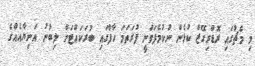
މި މެޗުގައި ރޮޑްރިގޭޒް ކުޅެން ނުކުމެފަވަނީ ފުރަތަމަ ހާފްގައި ބުރަކައްޓަށް ލިބުނު އަނިޔާއެއްގެ